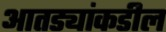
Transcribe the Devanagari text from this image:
आतड्यांकडील